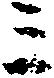
三